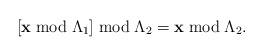
\begin{align*}\left[\mathbf{x}\bmod\Lambda_{1}\right]\bmod\Lambda_{2}=\mathbf{x}\bmod\Lambda_{2}.\end{align*}